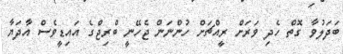
ބަދަލުވާ ގޮތް ހެދި ވަރަށް ރީއްޗަށް ހުންނަން ޖެހޭނީ ބްރިޖްގެ އައިޑީވެސް އާދަޔާ